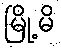
မြို့မိ